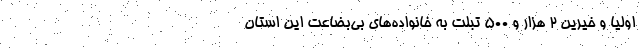
اولیا و خیرین ۲ هزار و ۵۰۰ تبلت به خانواده‌های بی‌بضاعت این استان